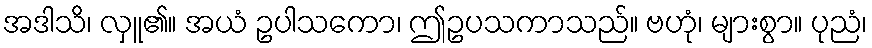
အဒါသိ၊ လှူ၏။ အယံ ဥပါသကော၊ ဤဥပသကာသည်။ ဗဟုံ၊ များစွာ။ ပုညံ၊